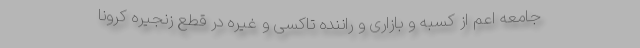
جامعه اعم از کسبه و بازاری و راننده تاکسی و غیره در قطع زنجیره کرونا